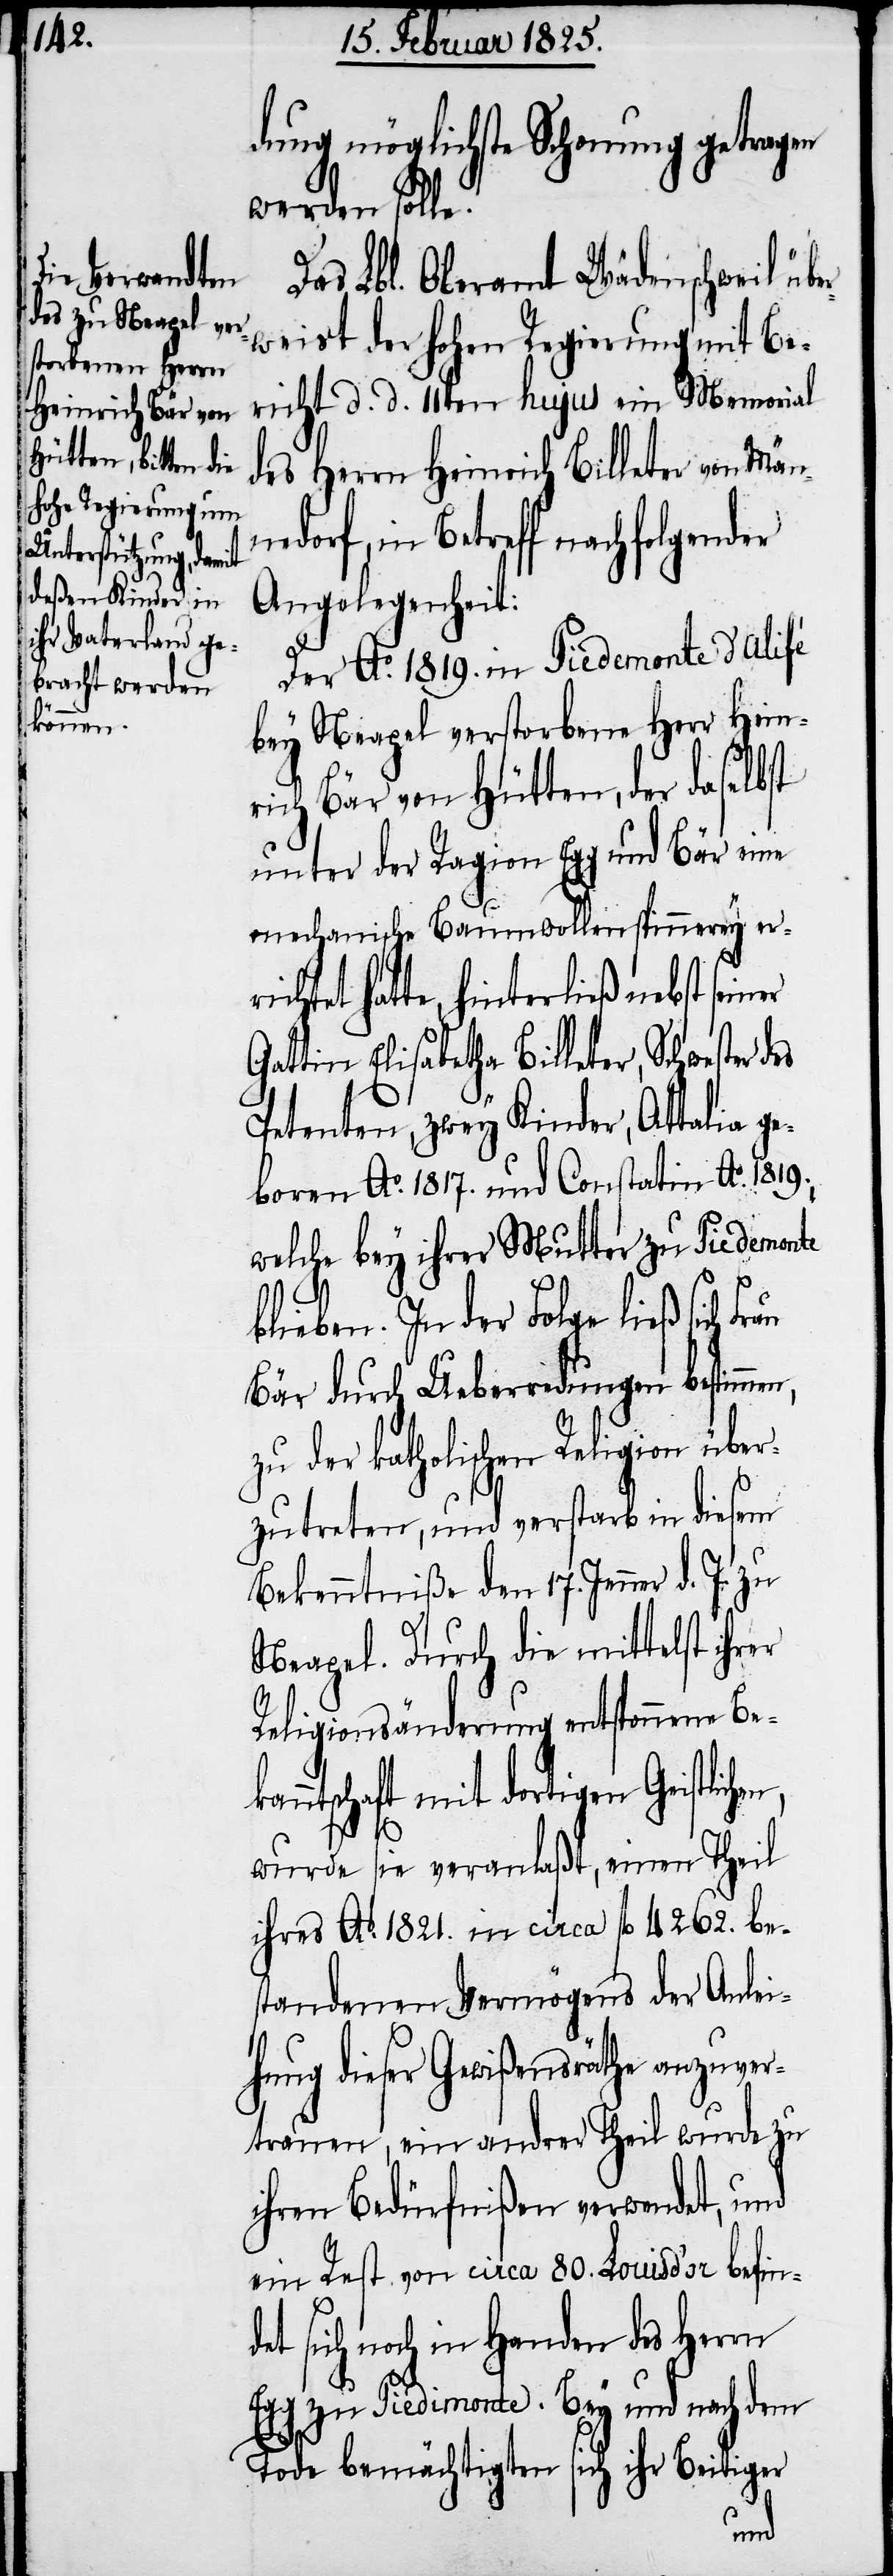
dung möglichste Schonung getragen
werden solle.
Das Lbl. Oberamt Wädenschweil üb¬
weist der hohen Regierung mit Be¬
richt d. d. 11ten hujus ein Memorial
des Herrn Heinrich Billeter von Män¬
edorf, in Betreff nachfolgender
Angelegenheit:
Der Ao. 1819. in Piedemonte d’Alifé
bey Neapel verstorbene Herr Hein¬
rich Bär von Hütten, der daselbst
unter der Ragion Egg und Bär eine
mechanische Baumwollenspinnerey err¬
ichtet hatte, hinterließ nebst seiner
Gattin Elisabetha Billeter, Schwester
Petenten, zwey Kinder, Attalia ge¬
boren Ao. 1817. und Constatin Ao. 1819.,
welche bey ihrer Mutter zu Piedemonte
blieben. In der Folge ließ sich
Bär durch Ueberredungen bestimmen,
zu der katholischen Religion über¬
zutreten, und verstarb in diesem
Bekenntniße den 17. Jenner d. J. zu
Neapel. Durch die mittelst ihrer
Religionsänderung entsponnene Bek¬
anntschaft mit dortigen Geistlic¬
wurde sie veranlaßt, einen Theil
ihres Ao. 1821. in circa fl 4262. be¬
standenen Vermögens der Anlei¬
hung dieser Gewißensräthe anzuver¬
trauen, ein andrer Theil wurde zu
ihren Bedürfnißen verwendet, und
ein Rest von circa 80. Louis d’or befin¬
det sich noch in Handen des Herrn
Egg zu Piedimonte. Bey und nach dem
Tode bemächtigten sich ihr Beitiger
hen,